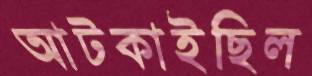
আটকাইছিল